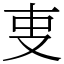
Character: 叓